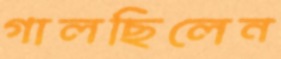
গালছিলেন